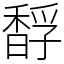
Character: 馟